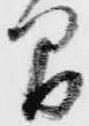
間